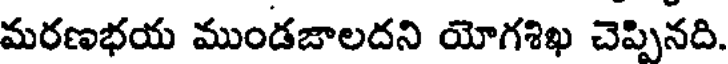
మరణభయ ముండజాలదని యోగశిఖ చెప్పినది.